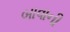
બાવાની